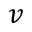
\boldsymbol v